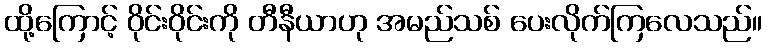
ထို့ကြောင့် ဝိုင်းဝိုင်းကို တီနီယာဟု အမည်သစ် ပေးလိုက်ကြလေသည်။